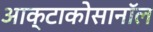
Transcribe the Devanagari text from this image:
आक्टाकोसानॉल